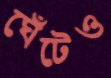
ঘেঁটেও